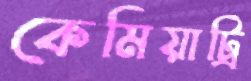
কেমিয়াট্রি